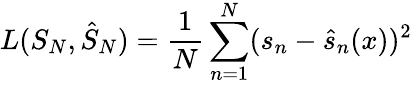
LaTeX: L(S_{N},\hat{S}_{N})=\frac{1}{N}\sum_{n=1}^{N}(s_{n}-\hat{s}_{n}(x))^{2}